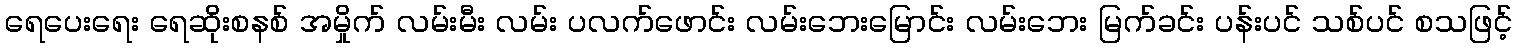
ရေပေးရေး ရေဆိုးစနစ် အမှိုက် လမ်းမီး လမ်း ပလက်ဖောင်း လမ်းဘေးမြောင်း လမ်းဘေး မြက်ခင်း ပန်းပင် သစ်ပင် စသဖြင့်